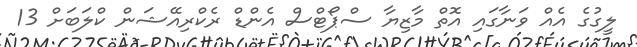
ލީގުގެ އެއް ވަނާގައި އޮތް މާޒިޔާ ސްޕޯޓްސް އެންޑް ރެކްރިއޭޝަން ކްލަބަށް 13